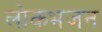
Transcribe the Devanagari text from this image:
लोकभजन